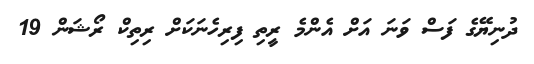
ދުނިޔޭގެ ފަސް ވަނަ އަށް އެންމެ ރީތި ފިރިހެނަކަށް ރިތިކް ރޯޝަން 19